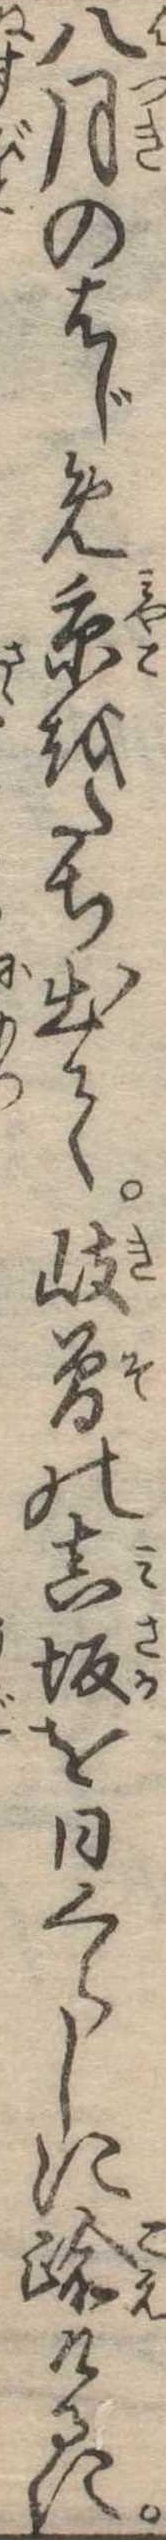
八月のはじめ京をたち出て岐曽の真坂を日くらしに踰けるに